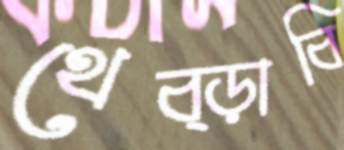
থেব্‌ড়াবি